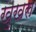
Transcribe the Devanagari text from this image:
खुखरा